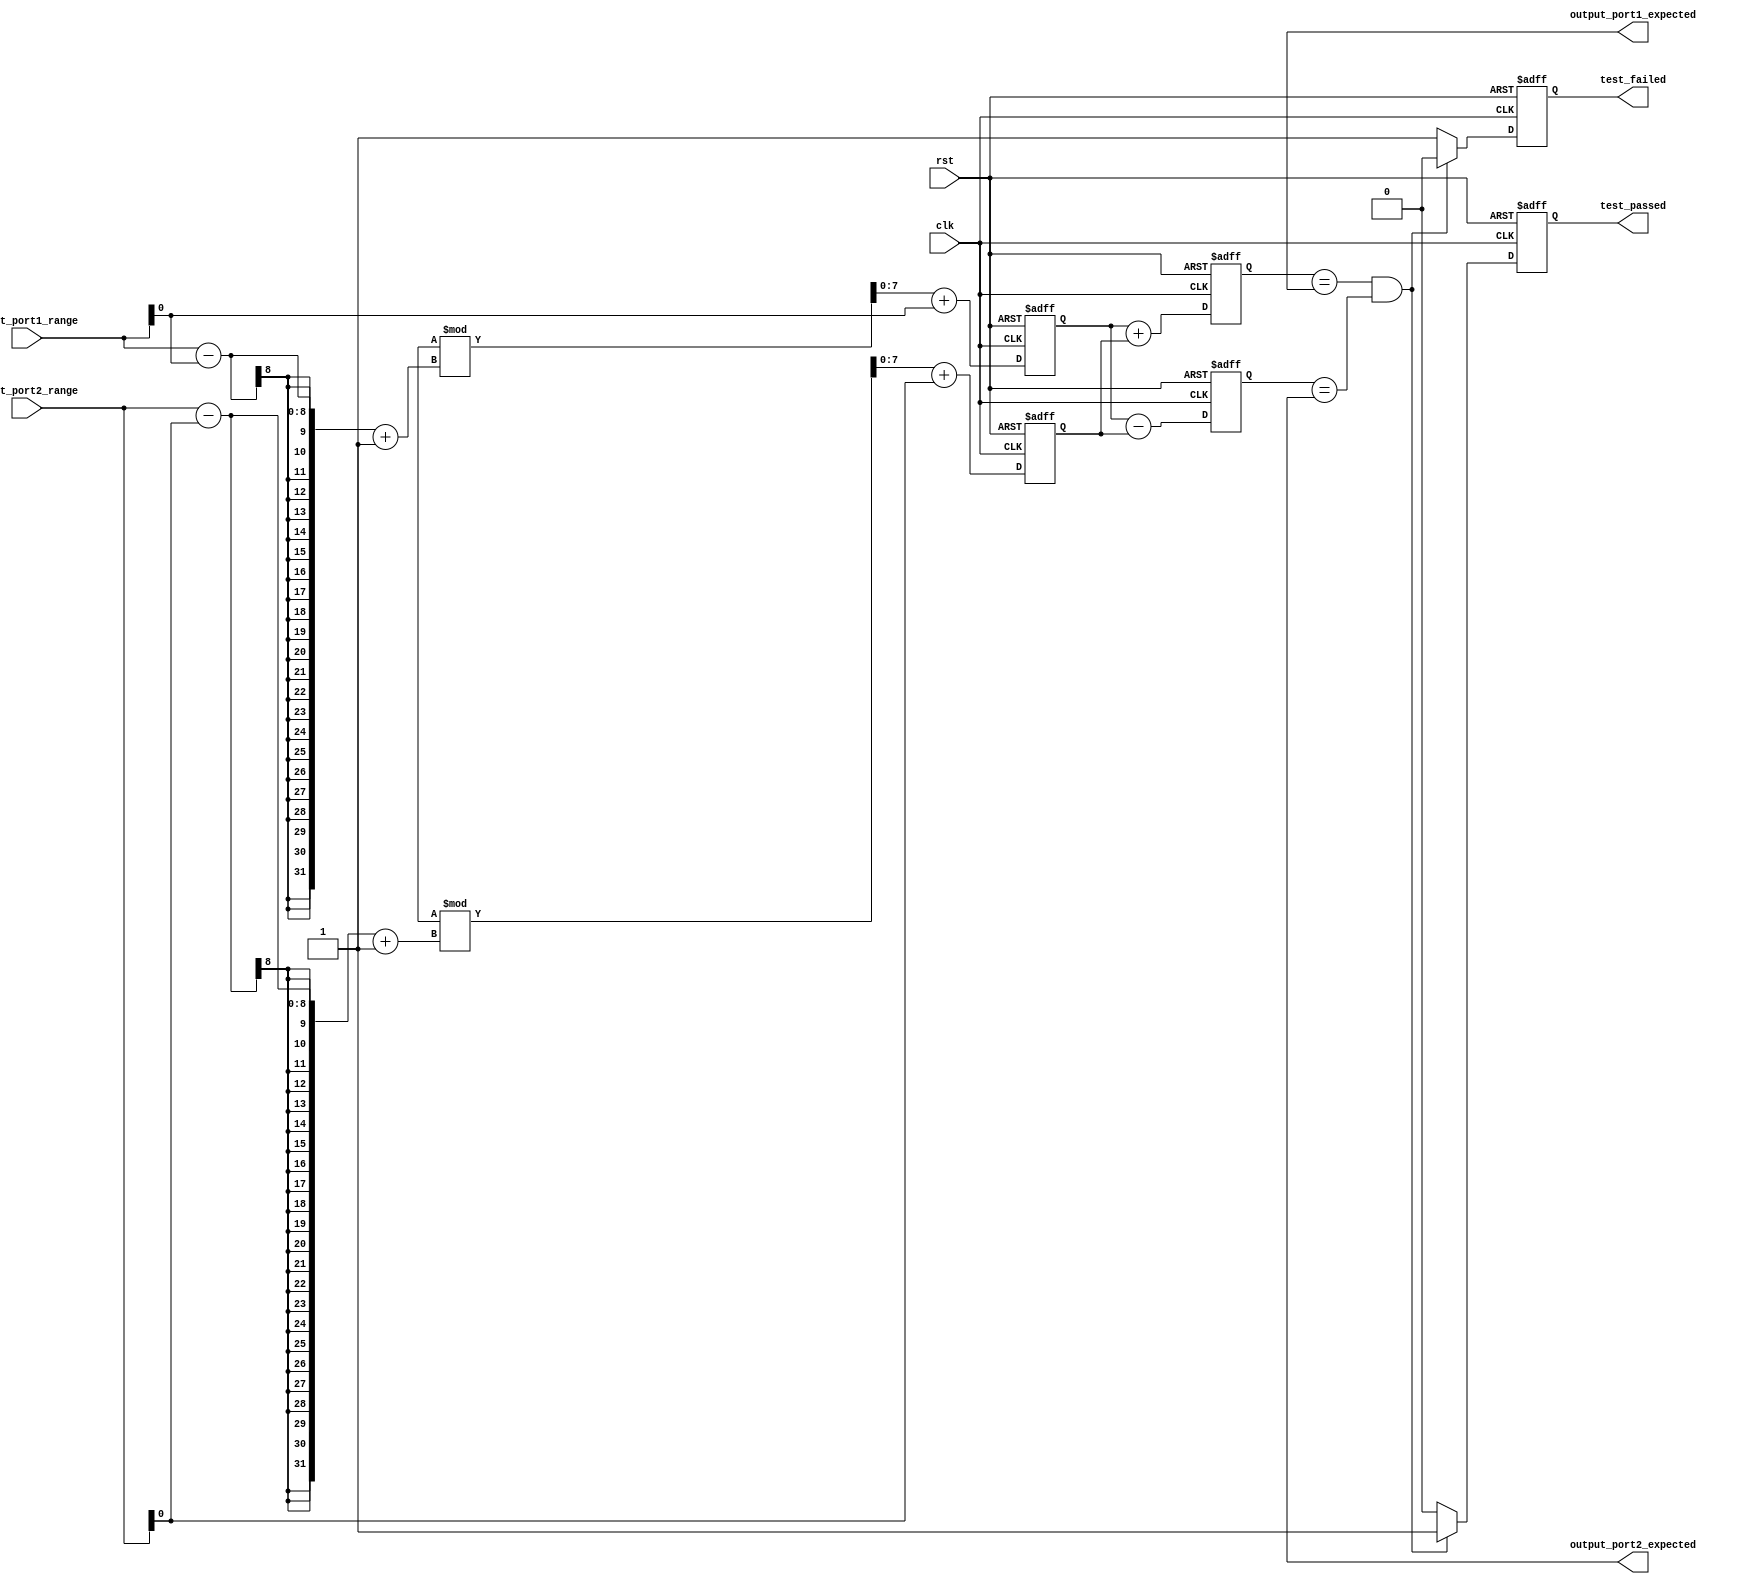
module test_case_generator (
    input wire clk,
    input wire rst,
    input wire [7:0] input_port1_range,
    input wire [7:0] input_port2_range,
    output reg [7:0] output_port1_expected,
    output reg [7:0] output_port2_expected,
    output reg test_passed,
    output reg test_failed
);

reg [7:0] input_port1;
reg [7:0] input_port2;
reg [7:0] output_port1;
reg [7:0] output_port2;

always @(posedge clk or posedge rst) begin
    if (rst) begin
        input_port1 <= 0;
        input_port2 <= 0;
        output_port1 <= 0;
        output_port2 <= 0;
        test_passed <= 0;
        test_failed <= 0;
    end else begin
        // Randomly select input values within specified range
        input_port1 <= $random % ((input_port1_range[7:0] - input_port1_range[0]) + 1) + input_port1_range[0];
        input_port2 <= $random % ((input_port2_range[7:0] - input_port2_range[0]) + 1) + input_port2_range[0];
        
        // Generate expected output values based on input values
        // (For demonstration purposes, this part would be implementation-specific)
        output_port1 <= input_port1 + input_port2;
        output_port2 <= input_port1 - input_port2;
        
        // Check output values against expected values
        if (output_port1 == output_port1_expected && output_port2 == output_port2_expected) begin
            test_passed <= 1;
            test_failed <= 0;
        end else begin
            test_passed <= 0;
            test_failed <= 1;
        end
    end
end

endmodule